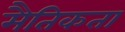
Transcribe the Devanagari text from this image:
मैतिकता